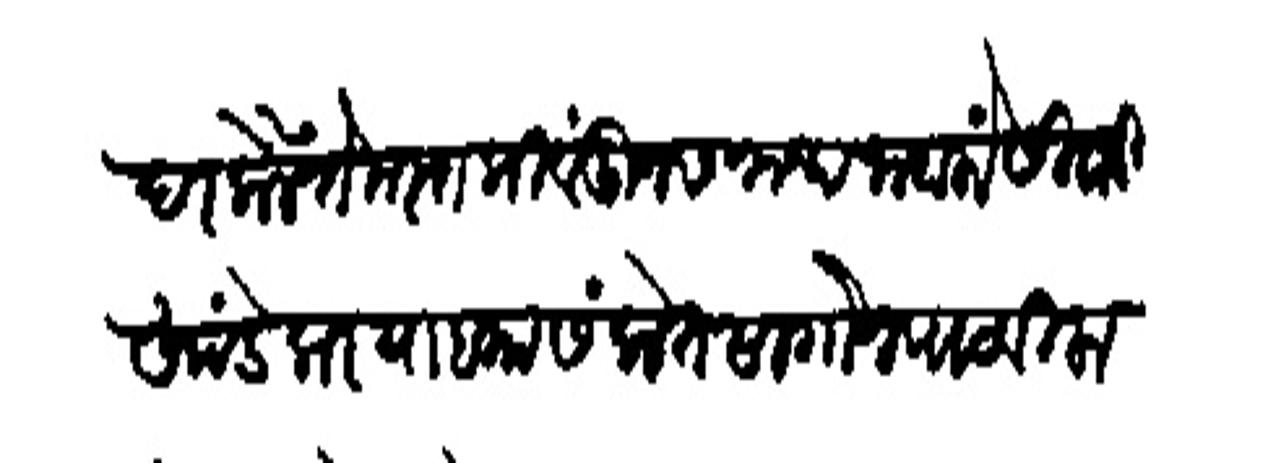
Transliteration (Devanagari): सादर केले ते मस्तकी वंदून सनाथ जाहालों सिबाजी खांडेकर याबाा संकेत सागोन पाठविला